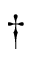
\dag